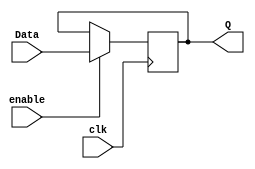
`timescale 1ns / 1ps

module register_logic(
    input clk,
    input enable,
    input [4:0] Data,
    output reg [4:0] Q
    );

always @ (posedge clk) 
begin //check logic of enable
    if (enable)
        Q = Data;     
end    

endmodule